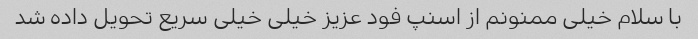
با سلام خیلی ممنونم از اسنپ فود عزیز خیلی خیلی سریع تحویل داده شد